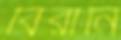
বিরানি